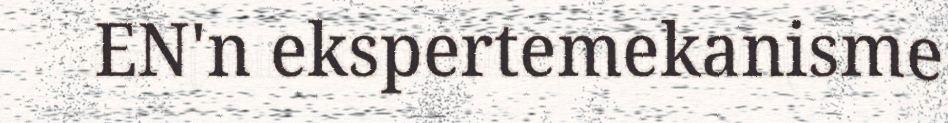
EN'n ekspertemekanisme